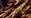
عندما